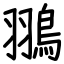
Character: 翵